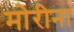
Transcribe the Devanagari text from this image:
मोरीना